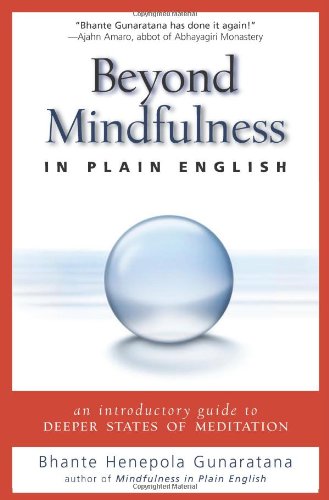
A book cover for Beyond Mindfulness in Plain English: An Introductory guide to Deeper States of Meditation; Bhante Henepola Gunaratana; Religion & Spirituality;